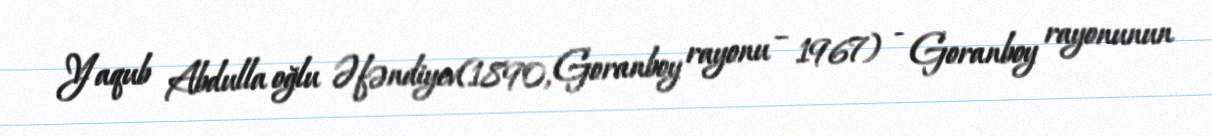
Yaqub Abdulla oğlu Əfəndiyev(1890, Goranboy rayonu – 1967) - Goranboy rayonunun